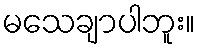
မသေချာပါဘူး။